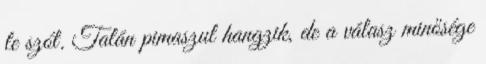
le szót. Talán pimaszul hangzik, de a válasz minősége